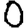
Digit: 0